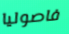
فاصوليا